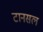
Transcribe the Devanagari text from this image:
टानसल